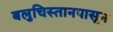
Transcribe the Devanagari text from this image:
बलुचिस्तानपासून